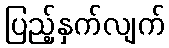
ပြည့်နှက်လျက်